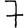
Digit: 7